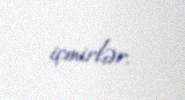
içmirlər.